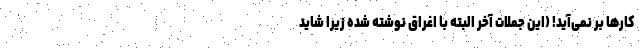
کارها بر نمی‌آید! (این جملات آخر البته با اغراق نوشته شده زیرا شاید